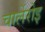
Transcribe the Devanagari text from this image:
चार्लेरोइ